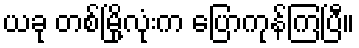
ယခု တစ်မြို့လုံးက ပြောကုန်ကြပြီ။